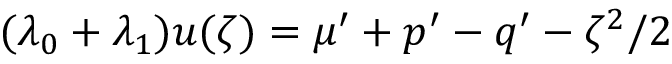
( \lambda _ { 0 } + \lambda _ { 1 } ) u ( \zeta ) = \mu ^ { \prime } + p ^ { \prime } - q ^ { \prime } - \zeta ^ { 2 } / 2